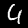
Label: 4